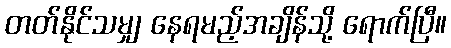
တတ်နိုင်သမျှ နေရမည့်အချိန်သို့ ရောက်ပြီ။